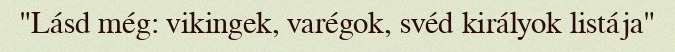
"Lásd még: vikingek, varégok, svéd királyok listája"